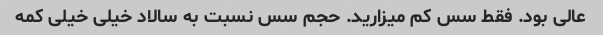
عالی بود. فقط سس کم میزارید. حجم سس نسبت به سالاد خیلی خیلی کمه